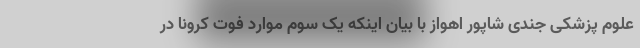
علوم پزشکی جندی شاپور اهواز با بیان اینکه یک سوم موارد فوت کرونا در